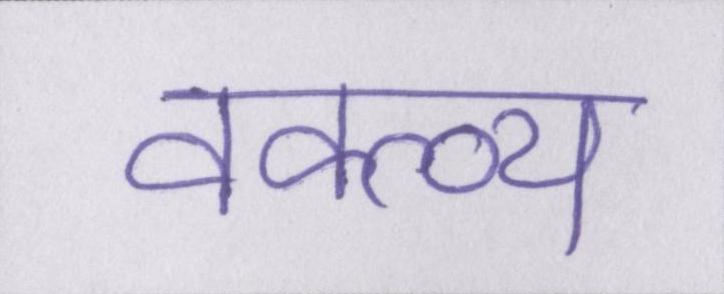
वक्त्व्य